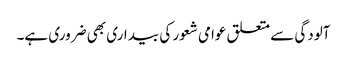
آلودگی سے متعلق عوامی شعور کی بیداری بھی ضروری ہے۔